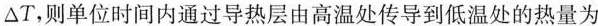
△T，则单位时间内通过导热层由高温处传导到低温处的热量为